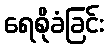
ရေစိုခံခြင်း